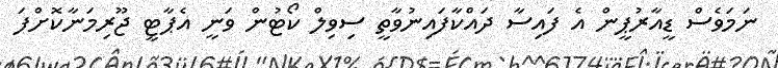
ނަމަވެސް ޑީއާރުޕީން އެ ފައިސާ ދައްކާފައިނުވާތީ ސިވިލް ކޯޓުން ވަނީ އެޕާޓީ ޖޫރިމަނާކޮށްފަ